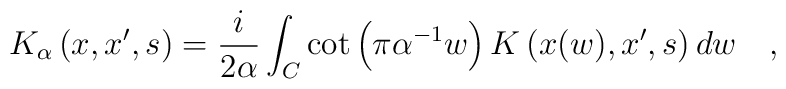
K_{\alpha}\left(x,x',s\right)={i\over 2\alpha} \int_{C} \cot \left(\pi \alpha^{-1} w\right)K\left(x(w),x',s\right) dw~~~,